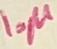
Text: 10µ